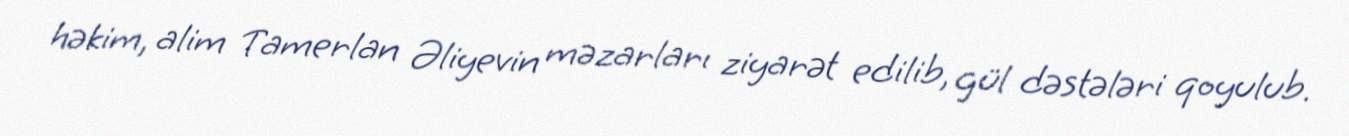
həkim, alim Tamerlan Əliyevin məzarları ziyarət edilib, gül dəstələri qoyulub.